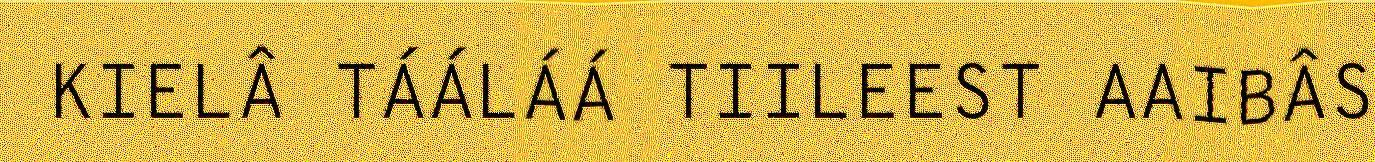
KIELÂ TÁÁLÁÁ TIILEEST AAIBÂS